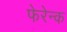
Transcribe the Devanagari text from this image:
फेरेन्क